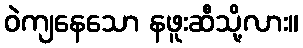
ဝဲကျနေသော နဖူးဆီသို့လား။